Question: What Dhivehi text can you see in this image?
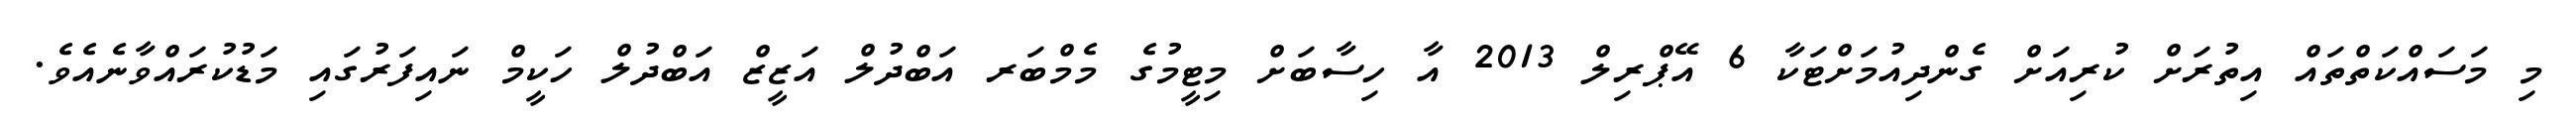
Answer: މި މަސައްކަތްތައް އިތުރަށް ކުރިއަށް ގެންދިއުމަށްޓަކާ 6 އޭޕްރިލް 2013 އާ ހިސާބަށް މިޓީމުގެ މެމްބަރ އަބްދުލް އަޒީޒް އަބްދުލް ހަކީމް ނައިފަރުގައި މަޑުކުރައްވާނެއެވެ.